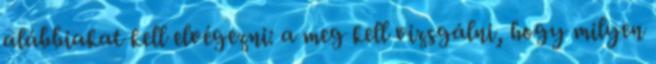
alábbiakat kell elvégezni: a meg kell vizsgálni, hogy milyen